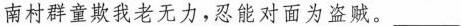
南村群童欺我老无力，忍能对面为盗贼。___